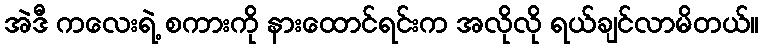
အဲဒီ ကလေးရဲ့ စကားကို နားထောင်ရင်းက အလိုလို ရယ်ချင်လာမိတယ်။